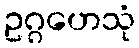
ဥဂ္ဂဟေသုံ